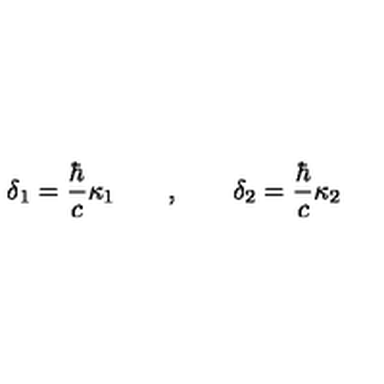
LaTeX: \delta _ { 1 } = \frac \hbar c \kappa _ { 1 } \qquad , \qquad \delta _ { 2 } = \frac \hbar c \kappa _ { 2 }